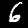
Digit: 6